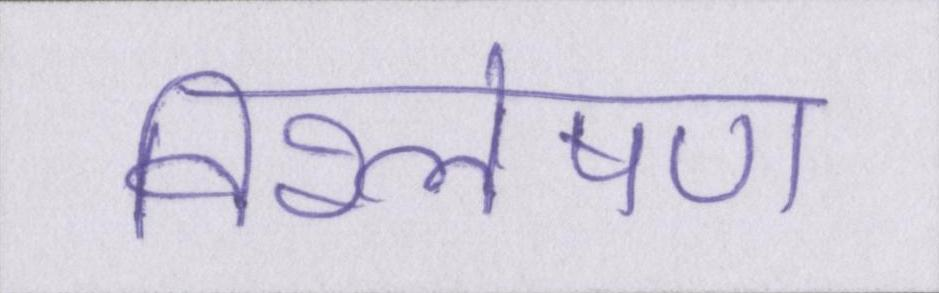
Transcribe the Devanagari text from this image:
विश्लेषण